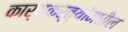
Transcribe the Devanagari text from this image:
कार्यकर्त्यांमधील